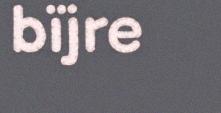
bïjre